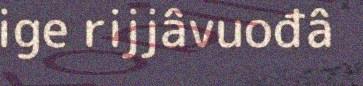
ige rijjâvuođâ